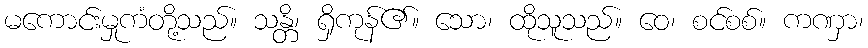
မကောင်းမှုကံတို့သည်။ သန္တိ၊ ရှိကုန်၏။ သော၊ ထိုသူသည်။ ဝေ၊ စင်စစ်။ ကဏှာ၊